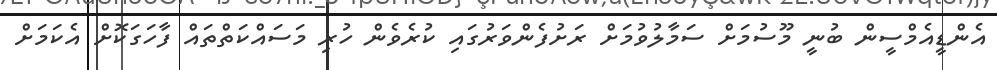
އެންޑީއެމްސީން ބުނީ މޫސުމަށް ސަމާލުވުމަށް ރަށުފެންވަރުގައި ކުރެވެން ހުރި މަސައްކަތްތައް ފާހަގަކޮށް އެކަމަށް